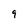
Character: 9